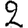
Digit: 2